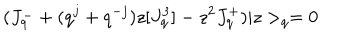
( J _ { q } ^ { - } + ( q ^ { j } + q ^ { - j } ) z [ J _ { q } ^ { 3 } ] - z ^ { 2 } J _ { q } ^ { + } ) | z > _ { q } = 0 \,